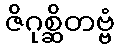
ဇိဂုစ္ဆိတဗ္ဗံ